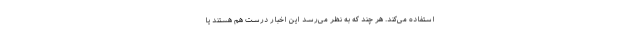
استفاده می‌کند. هر چند که به نظر می‌رسد این اخبار درست هم هستند یا